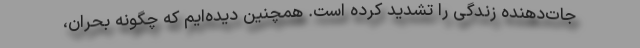
جات‌دهنده زندگی را تشدید کرده است. همچنین دیده‌ایم که چگونه بحران،